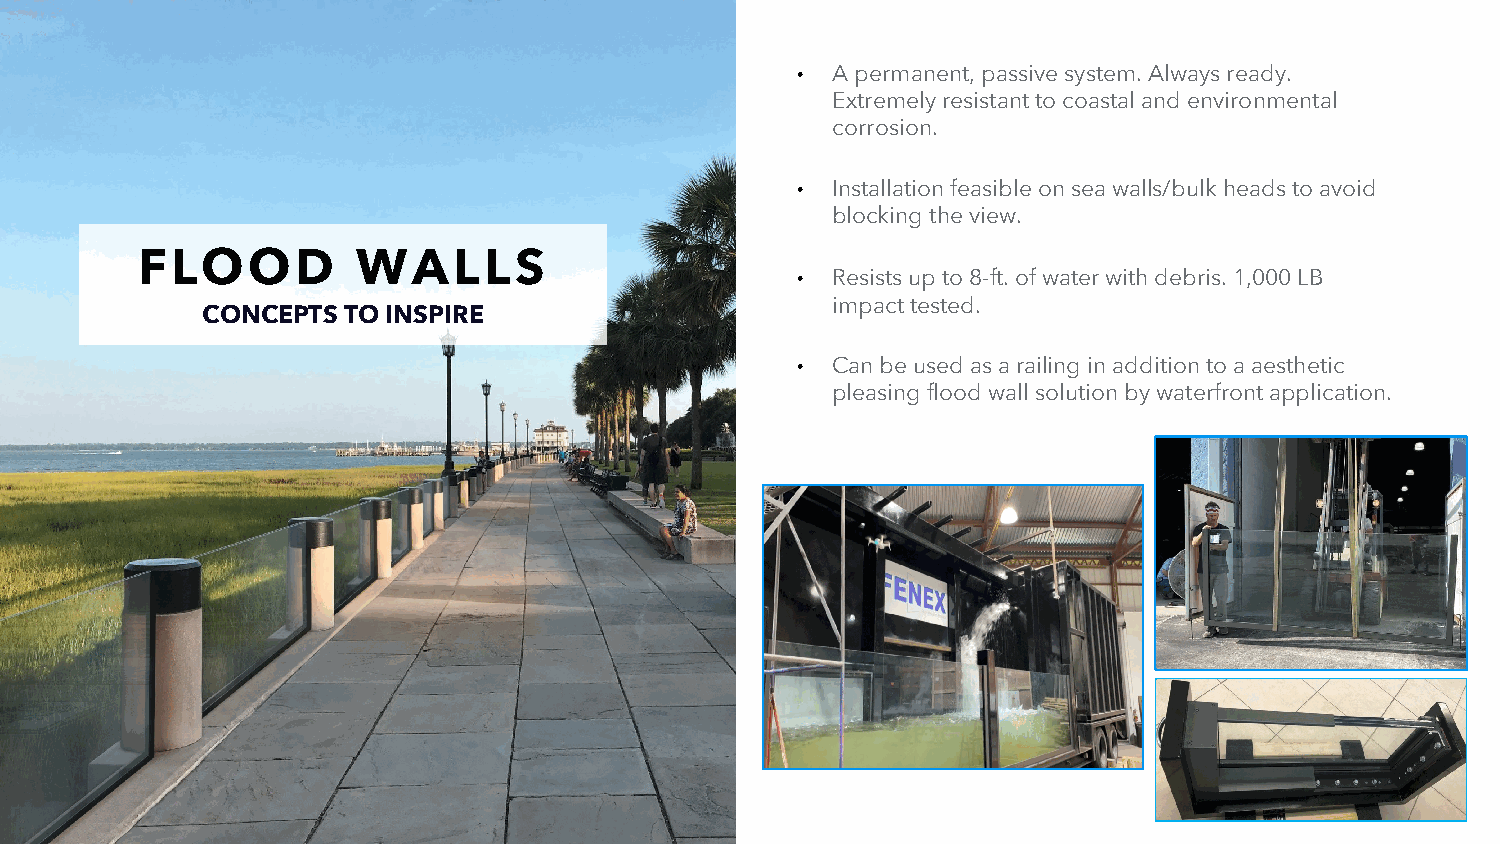
• A permanent, passive system. Always ready.
 Extremely resistant to coastal and environmental
 corrosion.
 • Installation feasible on sea walls/bulk heads to avoid
 blocking the view.
 FLOOD          WALLS
 • Resists up to 8-ft. of water with debris. 1,000 LB
 impact tested.
 CONCEPTS  TO INSPIRE
 • Can be used as a railing in addition to a aesthetic
 pleasing flood wall solution by waterfront application.